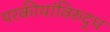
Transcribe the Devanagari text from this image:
परकीयांविरुद्ध